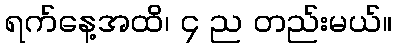
ရက်နေ့အထိ၊ ၄ ည တည်းမယ်။